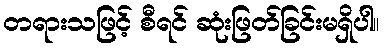
တရားသဖြင့် စီရင် ဆုံးဖြတ်ခြင်းမရှိပါ။